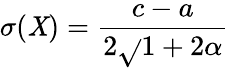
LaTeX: \sigma(\mathit{X})={\frac{{c-a}}{{2{\sqrt{}{{1+2\alpha}}}}}}